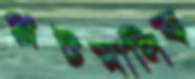
প্লটমালিক